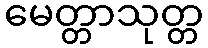
မေတ္တာသုတ္တ